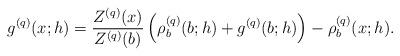
LaTeX: \begin{align*}g^{(q)}(x;h)=\dfrac{Z^{(q)}(x)}{Z^{(q)}(b)}\left(\rho^{(q)}_{b}(b;h)+g^{(q)}(b;h)\right)-\rho^{(q)}_{b}(x;h).\end{align*}